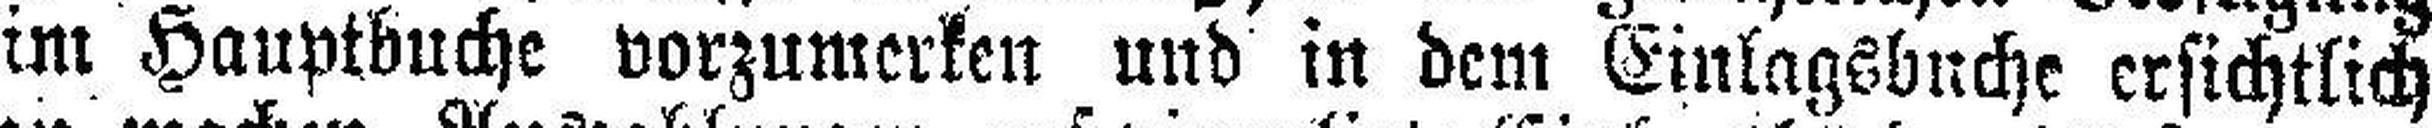
im Hauptbuche vorzumerken und in dem Einlagsbuche ersichtlich